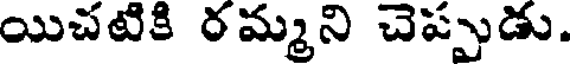
యిచటికి రమ్మని చెప్పుడు.